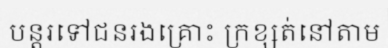
បន្តរទៅជនរងគ្រោះ ក្រខ្សត់នៅតាម